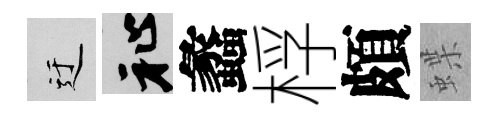
迂祉蠡桴頗蝶